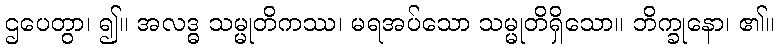
ဌပေတွာ၊ ၍။ အလဒ္ဓ သမ္မုတိကဿ၊ မရအပ်သော သမ္မုတိရှိသော။ ဘိက္ခုနော၊ ၏။